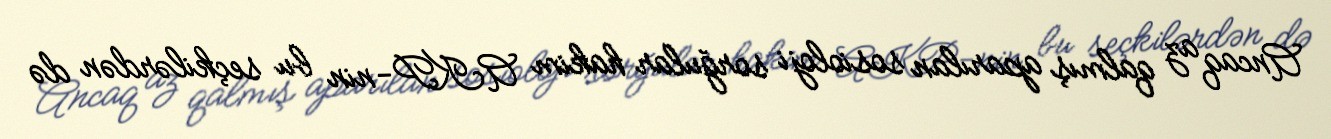
Ancaq az qalmış aparılan sosioloji sorğular hakim AKP-nin bu seçkilərdən də